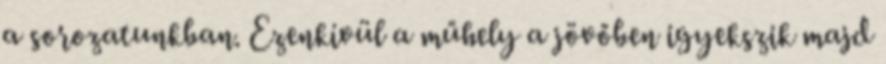
a sorozatunkban. Ezenkívül a műhely a jövőben igyekszik majd